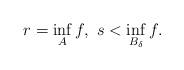
LaTeX: \begin{align*} r = \inf_Af,\ s<\inf_{B_\delta}f. \end{align*}